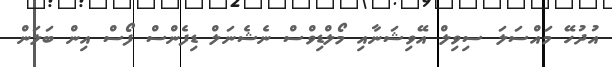
އުދުހޭ މައްސަލަ ސިވިލް އޭވިޝަނާއި މޯލްޑިވްސް ނެޝެނަލް ޑިފެންސް ފޯސް އިން ބަލަން